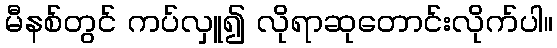
မီနစ်တွင် ကပ်လှူ၍ လိုရာဆုတောင်းလိုက်ပါ။